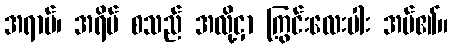
အရာမ်၊ အရိပ် စသည် အလို့ငှာ ကြွင်းလေးပါး အပ်၏။